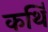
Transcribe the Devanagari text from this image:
कर्थि